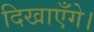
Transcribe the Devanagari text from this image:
दिखाएँगे।